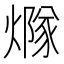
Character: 𤏢